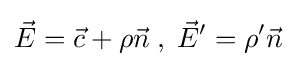
{\vec {E}}={\vec {c}}+\rho {\vec {n}}\;,\;{\vec {E}}'=\rho '{\vec {n}}